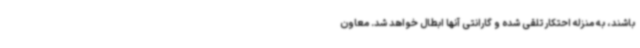
باشند، به منزله احتکار تلقی شده و گارانتی آنها ابطال خواهد شد. معاون